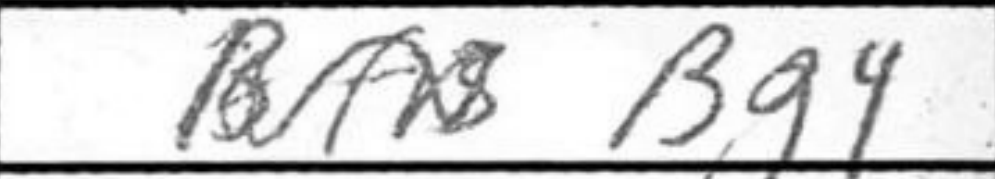
Transcription: Bg4